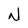
Character: N